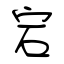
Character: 宕